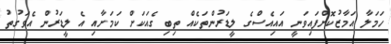
ހަމަލާ އަމާޒުކޮށްފައިވަނީ އައިއެސްގެ ލީޑަރުންތަކެއް ތިބި ގެއަކަށް ކަމަށާއި އެ ލީޑަރުން އެވަގުތު